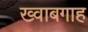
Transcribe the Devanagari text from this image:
ख्‍वाबगाह